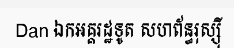
Dan ឯកអគ្គរដ្ឋទូត សហព័ន្ធរុស្ស៊ី